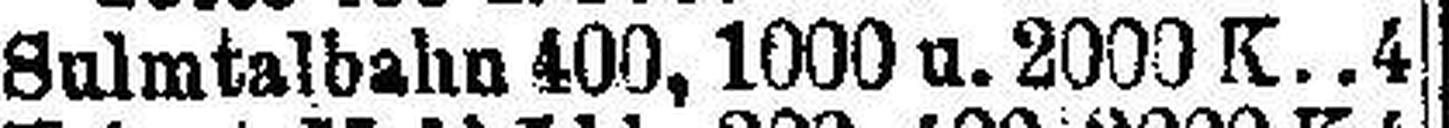
Sulmtalbahn 400, 1000 u. 2000 K 4